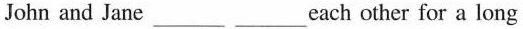
John and Jane___ ___each other for a long